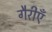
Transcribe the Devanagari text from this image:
गैरीएँ